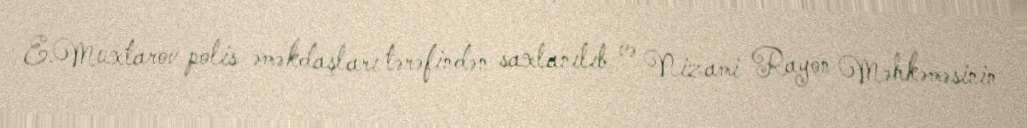
E.Muxtarov polis əməkdaşları tərəfindən saxlanılıb və Nizami Rayon Məhkəməsinin